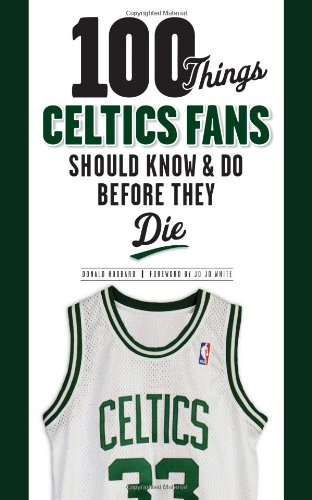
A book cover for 100 Things Celtics Fans Should Know & Do Before They Die (100 Things...Fans Should Know); Donald Hubbard; Travel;